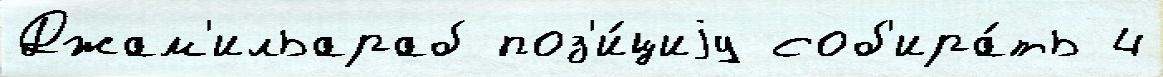
Джам'ильараб поз'и́циjу соб'ира́ть 4